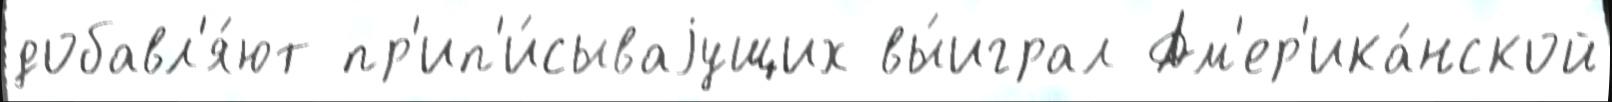
добавл'я́ют пр'ип'и́сываjущих вы́играл Ам'ер'ика́нской